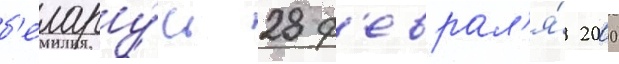
б'елару́сь 28 ф'еврал'я́ 2000